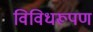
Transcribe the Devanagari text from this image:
विविधरूपण